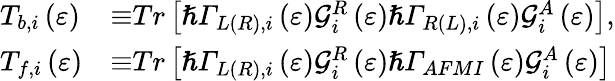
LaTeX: \begin{array}{ll}{T_{b,i}\left(\varepsilon\right)}&{{\equiv}Tr\left[{\hslash}{\mathit{\Gamma}}_{L(R),i}\left(\varepsilon\right){\mathcal{G}}_{i}^{R}\left(\varepsilon\right){\hslash}{\mathit{\Gamma}}_{R(L),i}\left(\varepsilon\right){\mathcal{G}}_{i}^{A}\left(\varepsilon\right)\right],}\\ {T_{f,i}\left(\varepsilon\right)}&{{\equiv}Tr\left[{\hslash}{\mathit{\Gamma}}_{L(R),i}\left(\varepsilon\right){\mathcal{G}}_{i}^{R}\left(\varepsilon\right){\hslash}{\mathit{\Gamma}}_{AFMI}\left(\varepsilon\right){\mathcal{G}}_{i}^{A}\left(\varepsilon\right)\right]}\end{array}